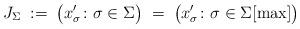
LaTeX: \begin{align*} J_\Sigma \; := \; \bigl(x_\sigma' \colon \sigma \in \Sigma\bigr) \; = \; \bigl(x_\sigma' \colon \sigma \in \Sigma[\max]\bigr) \end{align*}